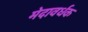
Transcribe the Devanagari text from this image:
मेदावर्धक